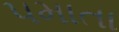
પમાતા